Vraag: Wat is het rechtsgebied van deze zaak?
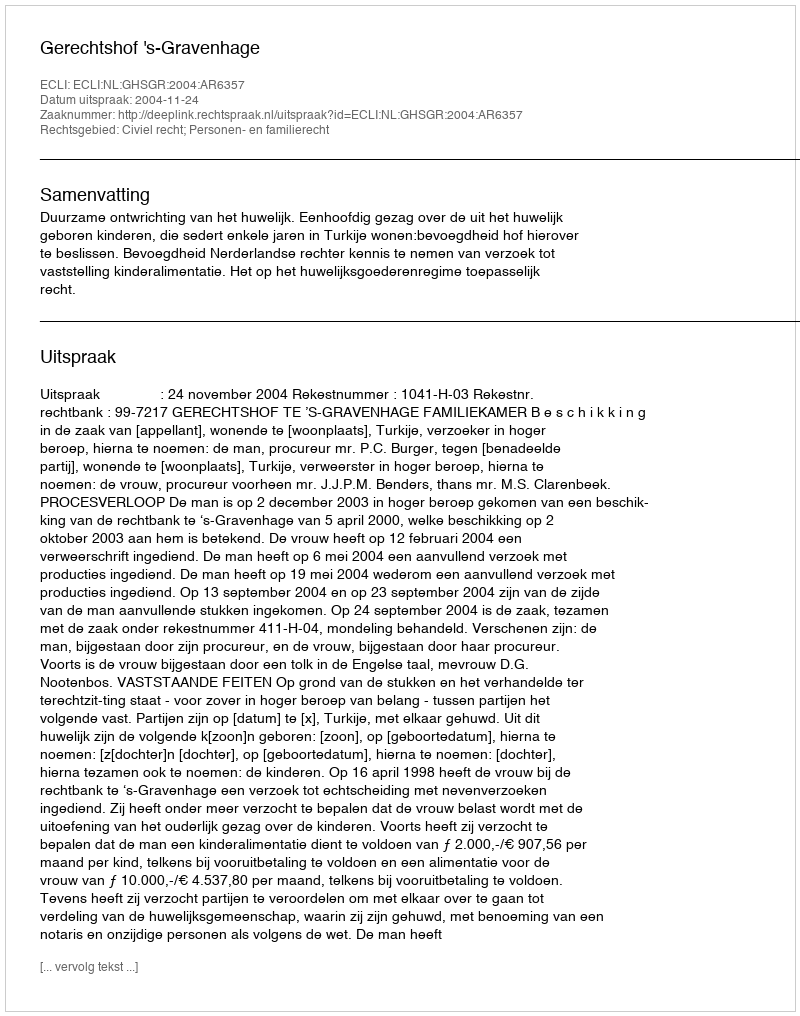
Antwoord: Civiel recht; Personen- en familierecht